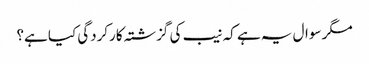
مگر سوال یہ ہے کہ نیب کی گزشتہ کارکردگی کیا ہے؟